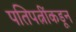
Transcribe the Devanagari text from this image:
पतिपत्नींकडून